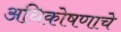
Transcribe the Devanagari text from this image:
अधिकोषणाचे